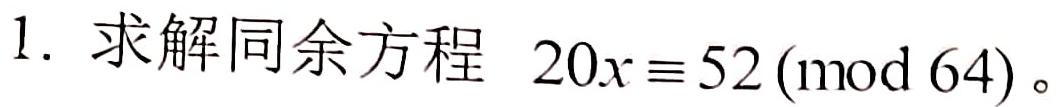
1. 求解同余方程 \(20x\equiv 52\pmod{64}\)。